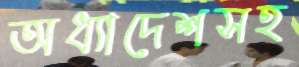
অধ্যাদেশসহ